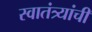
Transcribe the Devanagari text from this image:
स्वातंत्र्यांची